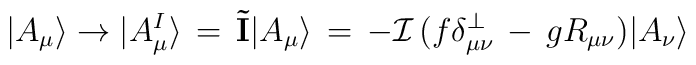
|A_\mu\rangle \to |A^I_\mu\rangle \,=\, {\mathbf{\tilde I}} |A_\mu\rangle\,=\,- {\mathcal I}\,(f \delta^\perp_{\mu\nu}\,-\,g R_{\mu\nu})|A_\nu\rangle